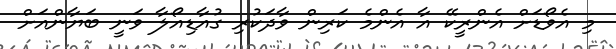
މި އެވޯޑަށް އެންރީކޭ އާ އެންމެ ކަރިން ވާދަކުރި ގުއާޑިއޯލާ ވަނީ ބަޔާންއަށް